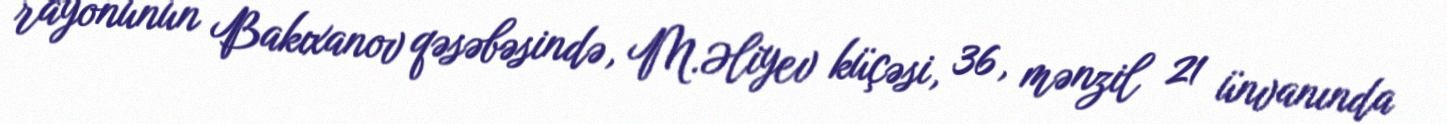
rayonunun Bakıxanov qəsəbəsində, M.Əliyev küçəsi, 36, mənzil 21 ünvanında